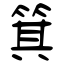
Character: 箕